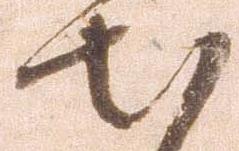
出